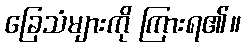
ခြေသံများကို ကြားရ၏။